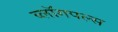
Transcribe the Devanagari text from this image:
ब्लॉगपल्स